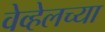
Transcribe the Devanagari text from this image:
वेव्हेलच्या